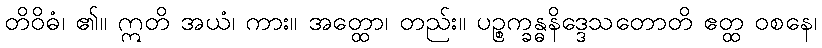
တိဝိဓံ၊ ၏။ ဣတိ အယံ၊ ကား။ အတ္ထော၊ တည်း။ ပဉ္စက္ခန္ဓနိဒ္ဒေသတောတိ ဧတ္ထ ဝစနေ၊